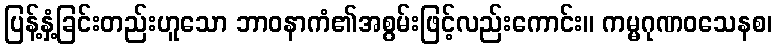
ပြန့်နှံ့ခြင်းတည်းဟူသော ဘာဝနာကံ၏အစွမ်းဖြင့်လည်းကောင်း။ ကမ္မဂုဏဝသေနစ၊